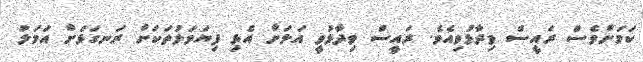
ކަމަށްވެސް ރައީސް ވިދާޅުވިއެވެ. ރައީސް ވިދާޅުވީ އަލަށް އެޅި ފިޔަވަޅުތަކަށް ރަނގަޅަށް އަމަލު